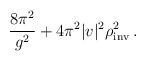
LaTeX: \begin{align*}\frac{8\pi^2}{g^2} + 4\pi^2|v|^2\rho^2_{\rm inv}\, .\end{align*}